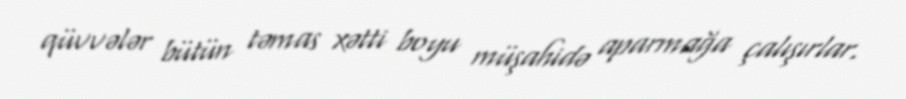
qüvvələr bütün təmas xətti boyu müşahidə aparmağa çalışırlar.